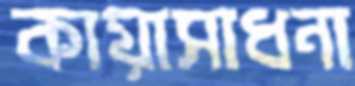
কায়াসাধনা